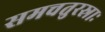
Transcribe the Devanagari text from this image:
समचतुरस्राः